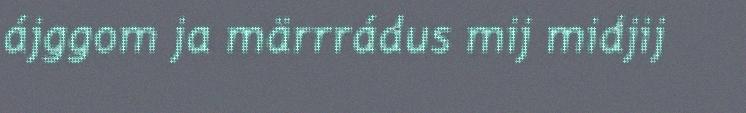
ájggom ja märrrádus mij midjij